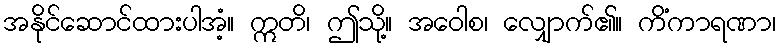
အနိုင်ဆောင်ထားပါအံ့။ ဣတိ၊ ဤသို့။ အဝေါစ၊ လျှောက်၏။ ကိံကာရဏာ၊